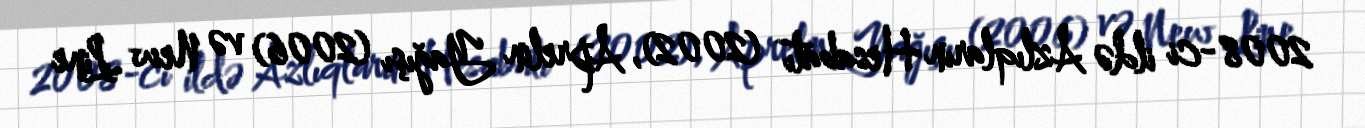
2008-ci ildə Azlıqların Hesabatı (2002), Aprelin Yağışı (2006) və New Line